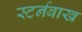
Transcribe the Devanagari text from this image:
स्टर्नबाख